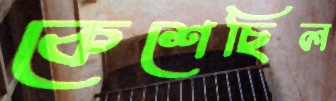
কেশেছিল